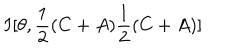
LaTeX: I [ \theta , \frac { 1 } { 2 } ( C + A ) \frac { 1 } { 2 } ( C + A ) ]